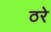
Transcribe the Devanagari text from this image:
ठरे